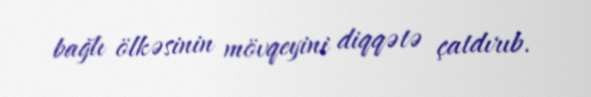
bağlı ölkəsinin mövqeyini diqqətə çatdırıb.